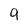
Character: 9